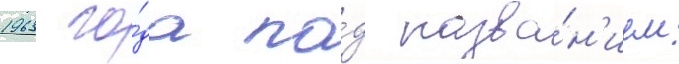
1963 го́да по́д назва́н'ием